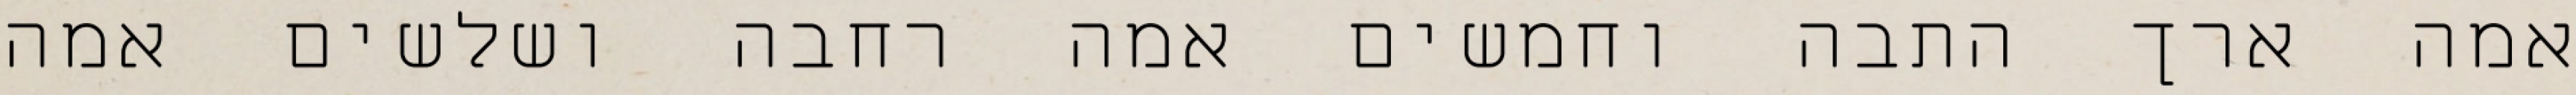
אמה ארך התבה וחמשים אמה רחבה ושלשים אמה